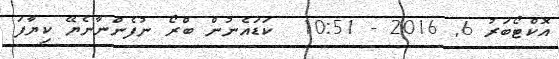
އޮކްޓޯބަރު 6